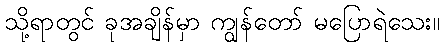
သို့ရာတွင် ခုအချိန်မှာ ကျွန်တော် မပြောရဲသေး။